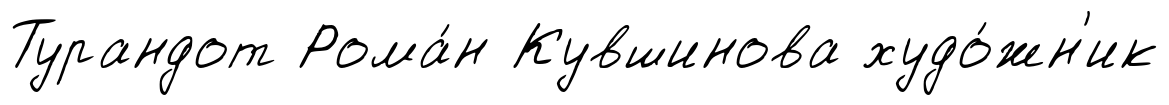
Турандот Рома́н Кувшинова худо́жн'ик